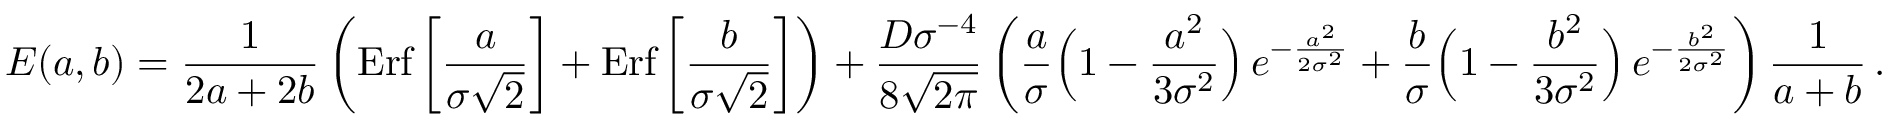
E ( a , b ) = { \frac { 1 } { 2 a + 2 b } } \left( \mathrm { E r f } \left[ { \frac { a } { \sigma \sqrt 2 } } \right] + \mathrm { E r f } \left[ { \frac { b } { \sigma \sqrt 2 } } \right] \right) + { \frac { D \sigma ^ { - 4 } } { 8 \sqrt { 2 \pi } } } \left( { \frac { a } { \sigma } } \Big ( 1 - { \frac { a ^ { 2 } } { 3 \sigma ^ { 2 } } } \Big ) \, e ^ { - { \frac { a ^ { 2 } } { 2 \sigma ^ { 2 } } } } + { \frac { b } { \sigma } } \Big ( 1 - { \frac { b ^ { 2 } } { 3 \sigma ^ { 2 } } } \Big ) \, e ^ { - { \frac { b ^ { 2 } } { 2 \sigma ^ { 2 } } } } \right) { \frac { 1 } { a + b } } \, .